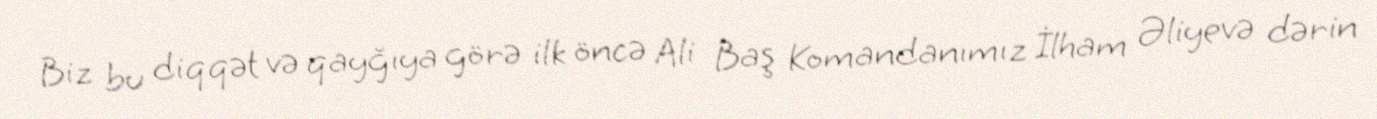
Biz bu diqqət və qayğıya görə ilk öncə Ali Baş Komandanımız İlham Əliyevə dərin